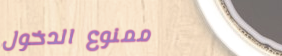
ممنوع الدخول